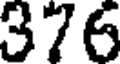
376